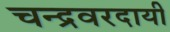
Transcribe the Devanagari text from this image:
चन्द्रवरदायी